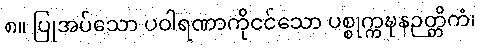
၈။ ပြုအပ်သော ပဝါရဏာကိုငင်သော ပစ္စုက္ကဍ္ဎနဉတ္တိကံ၊